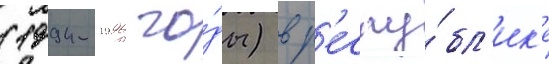
(1994-1996 го́ды) в р'еспу́бл'ик'е